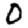
Digit: 0